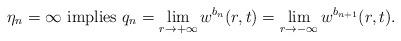
LaTeX: \begin{align*}\mbox{ $\eta_n=\infty$ implies }q_n=\lim_{r\to+\infty}w^{b_n}(r,t)=\lim_{r\to-\infty}w^{b_{n+1}}(r,t).\end{align*}